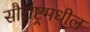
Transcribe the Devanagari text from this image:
सौराष्ट्रमधील